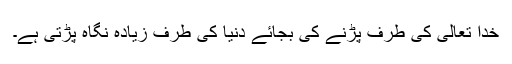
خدا تعالیٰ کی طرف پڑنے کی بجائے دنیا کی طرف زیادہ نگاہ پڑتی ہے۔